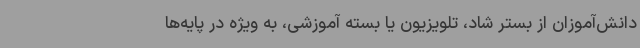
دانش‌آموزان از بستر شاد، تلویزیون یا بسته آموزشی، به ویژه در پایه‌ها